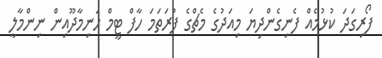
ފޯރިގަދަ ކުޅުމެއް ފެނިގެންދިޔަ މިއަދުގެ މެޗްގެ ފުރަތަމަ ހާފް ޓީމް ހަނިމާދޫއިން ނިންމާލީ